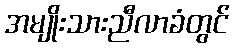
အမျိုးသားညီလာခံတွင်